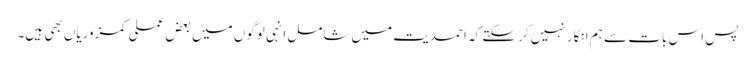
پس اس بات سے ہم انکار نہیں کر سکتے کہ احمدیت میں شامل انہی لوگوں میں بعض عملی کمزوریاں بھی ہیں۔